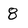
Character: 8